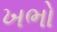
ખભો